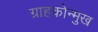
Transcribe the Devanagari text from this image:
ग्राहकोन्मुख